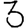
Digit: 3